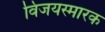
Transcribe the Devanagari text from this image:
विजयस्मारक